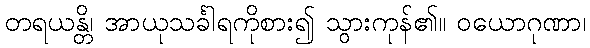
တရယန္တိ၊ အာယုသင်္ခါရကိုစား၍ သွားကုန်၏။ ဝယောဂုဏာ၊